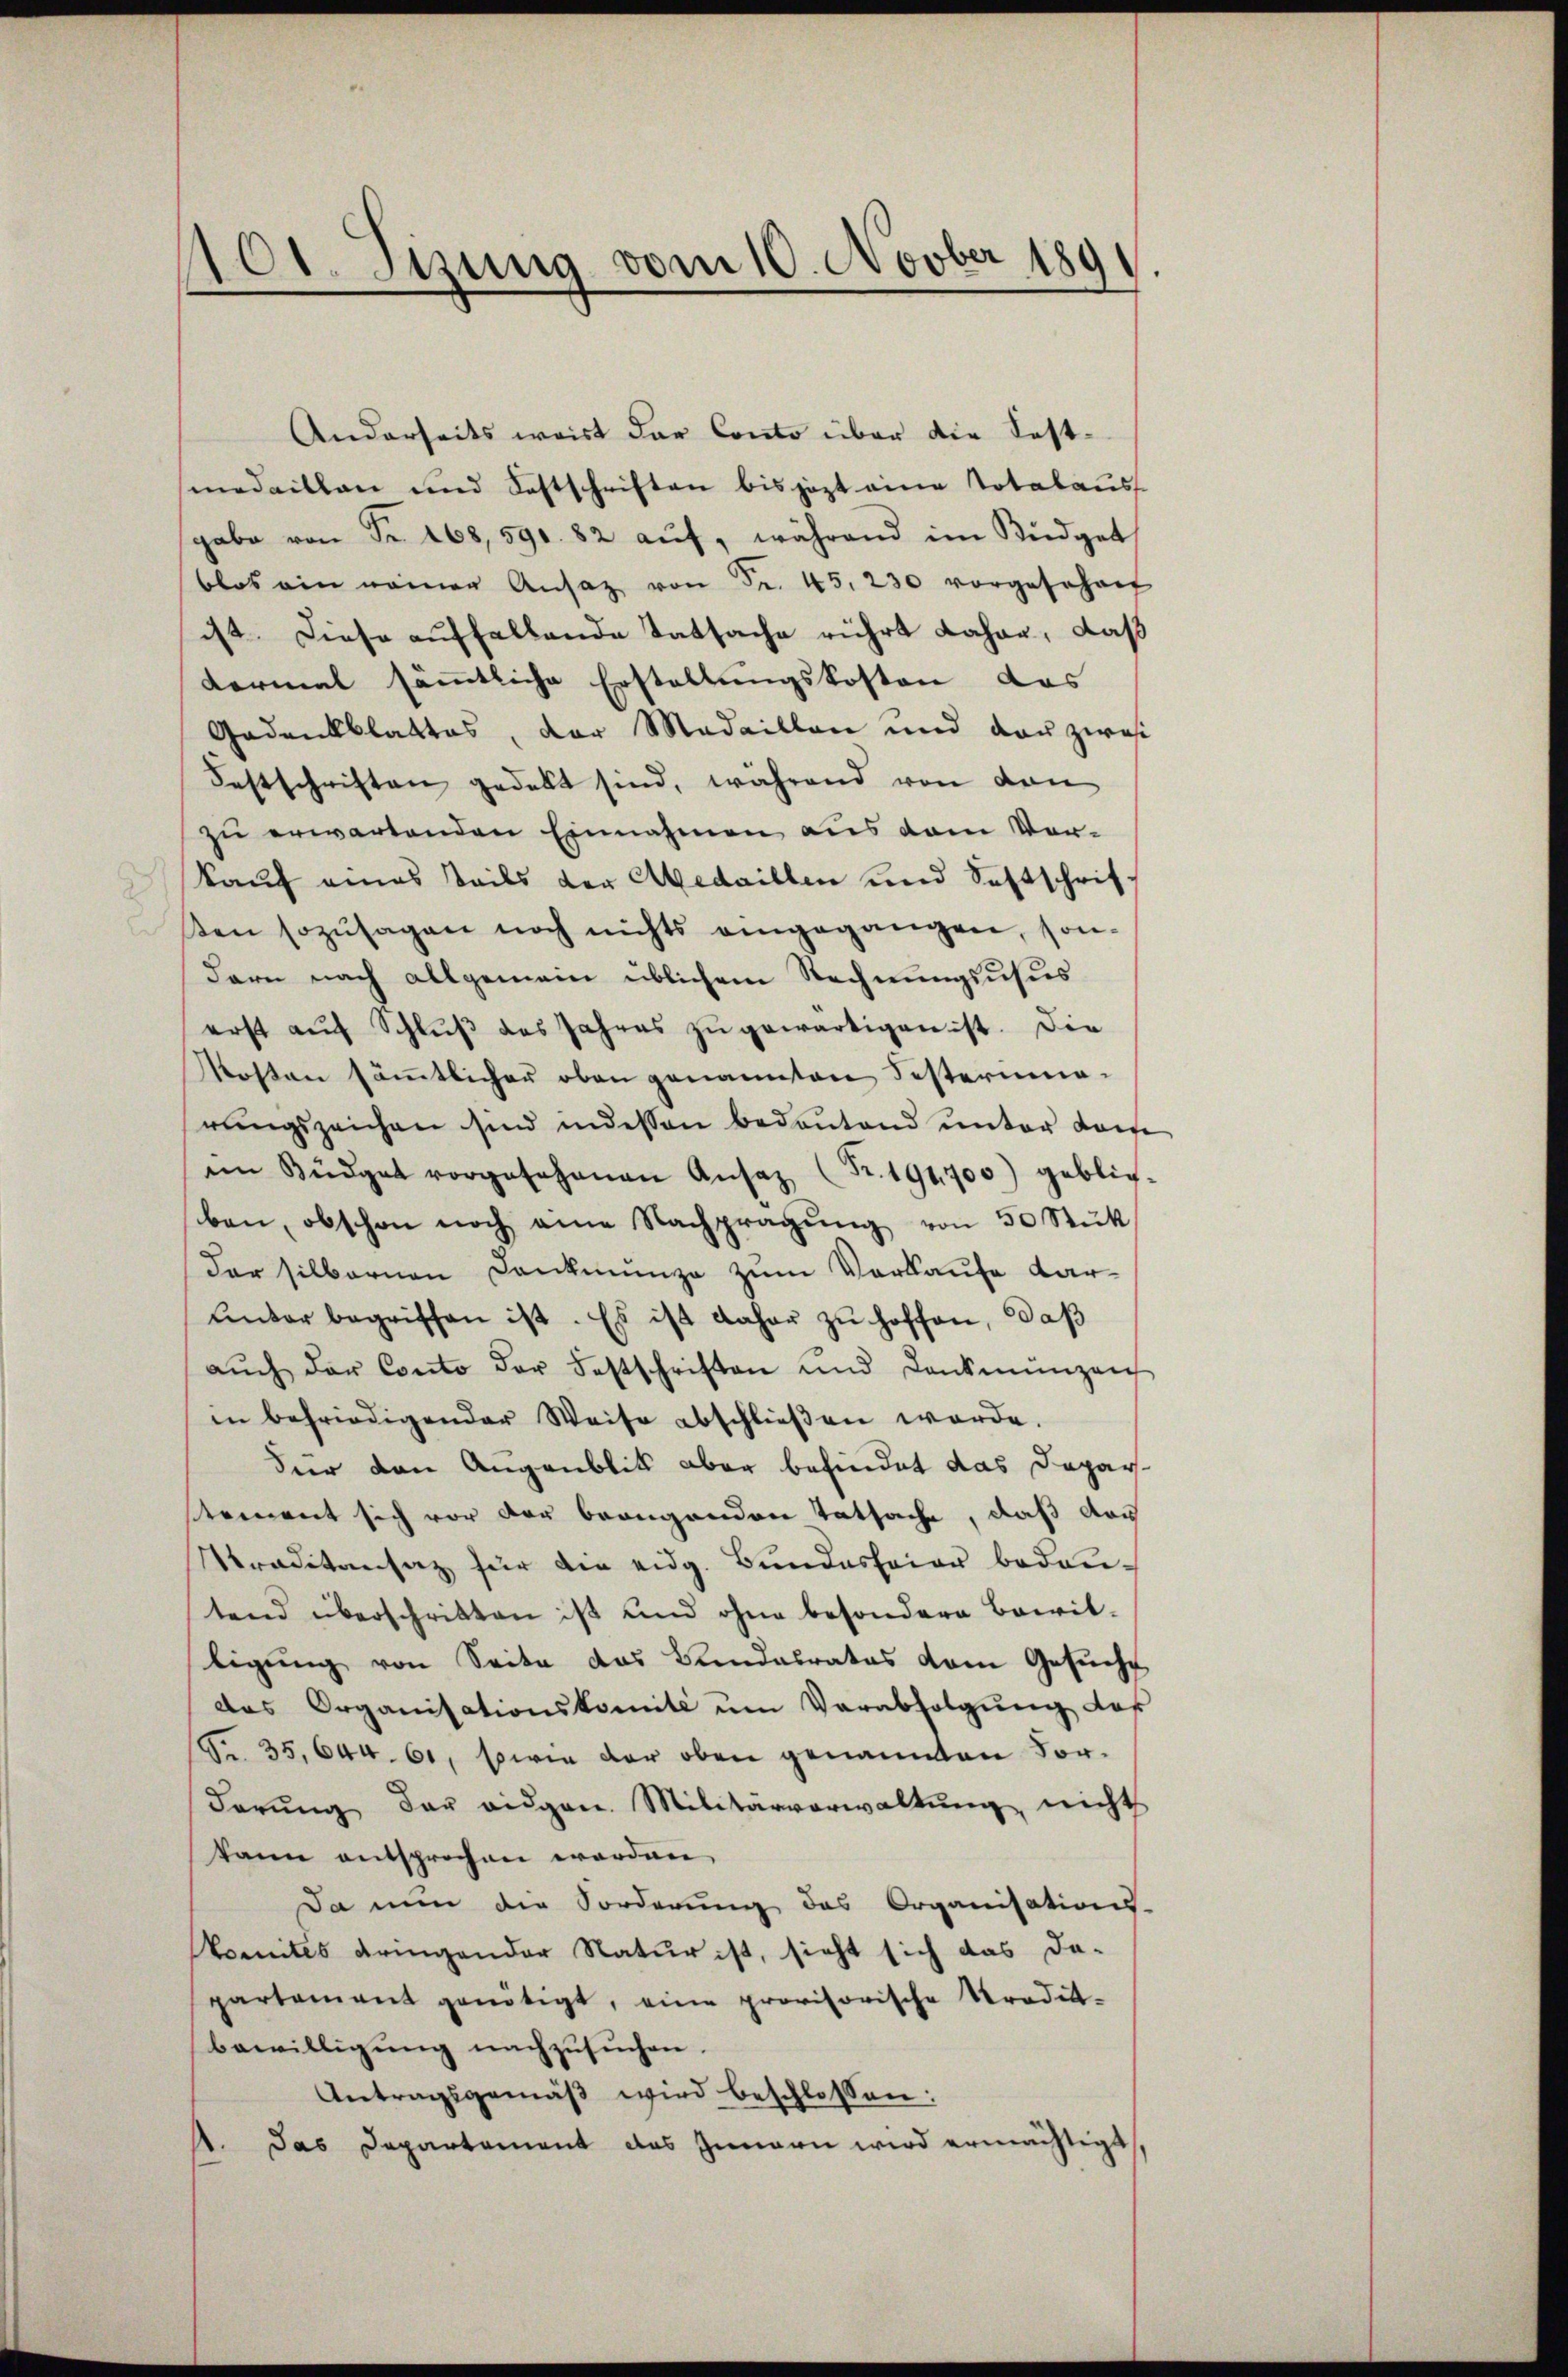
101. Sitzung vom 10. Novber 1891

Anderseits weist der Conto über die Festmedaillen und Festschriften bis jezt eine Totalaus
gabe von Fr. 168, 590. 82 aŭf, während im Büdget
blos ein namen Ansaz von Fr. 45. 230 vorgesehen
ist. Diese auffallende Tatsache rührt daher, daß
dermal sämmtliche Erstaltungskosten das
Gedankblattes, der Medaillen und der zwei
Festschriften gedekt sind, während von den
zu erwartenden Einnahmen aus dem Ver-
kauf eines Teils der Abedaillen und Seltschriften sozusagen noch nichts eingegangen, son-
dern nach allgemein üblichem Rechnungsusus
erst aŭf Schlŭβ des Jahres zŭ gewärtigen ist. Die
Kosten sämmtlicher oben genannten Testerimarŭngszeichen sind indessen bedeŭtend ŭnter dam
im Büdget vorgesehenen Ansaz (Fr. 191,700) geblich-
ben, obschon noch eine Nachpragŭng von 50 Stük
Der silbernen Dankmünze zum Verkaufe darunter begriffen ist. Es ist daher zŭ hoffen, daß
aŭch der Conto der Festschriften und Dankmünzen
in befriedigender Weise abschlieβen werde.
Für den Angaublik aber befindet das Deparstement sich vor der beaugenden Tatsache, daß das
Sraditansaz für die eidg. Bundesfeier bedau-
tend überschritten ist und ohne besondere Bacit-
ligung von Seite das Bandabrates dem Gesucht
das Organisationskomité ŭm Verabfolgŭng das
Fr. 35,644. 61, sowie der oben genannten For-
derŭng der eidgen. Militärverwaltŭng nichts
kann entsprochen worden,
Da nun die Forderung des Organisations-
komites dringender Natur ist, sieht sich das da-
partement genötigt, eine provisorische Tradik-
bewilligung nachzusuchen.
Antragsgemäβ wird beschlossen:
das Departement des Innern wird ermächtigt